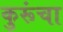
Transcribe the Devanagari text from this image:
कुरूंचा